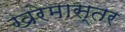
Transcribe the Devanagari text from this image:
खरेमास्तर